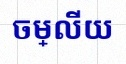
ចម្លើយ